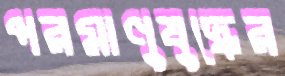
পরমাণুযুদ্ধের